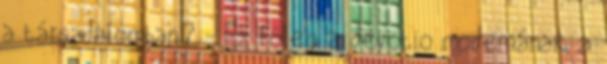
a társadalomban? - Ez főleg a devotio modernának, a